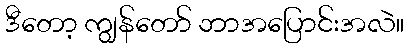
ဒီတော့ ကျွန်တော် ဘာအပြောင်းအလဲ။